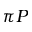
\pi P